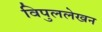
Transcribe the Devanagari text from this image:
विपुललेखन